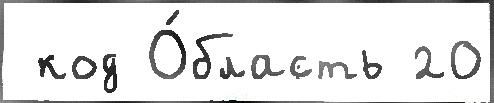
 код О́бласть 20